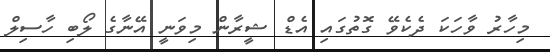
މިހާރު ވާހަކަ ދެކެވޭ ގޮތުގައި އެޑް ޝީރާން މިވަނީ އޭނާގެ ލޯބި ހާސިލް